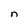
Character: n